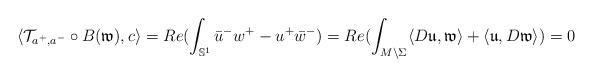
LaTeX: \begin{align*}\langle \mathcal{T}_{a^+,a^-}\circ B(\mathfrak{w}),c\rangle=Re(\int_{\mathbb{S}^1}\bar{u}^-w^+- u^+\bar{w}^-)=Re(\int_{M\setminus\Sigma}\langle D\mathfrak{u},\mathfrak{w}\rangle+\langle \mathfrak{u},D\mathfrak{w}\rangle)=0\end{align*}